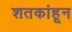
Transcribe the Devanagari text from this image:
शतकांहून